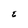
Character: E